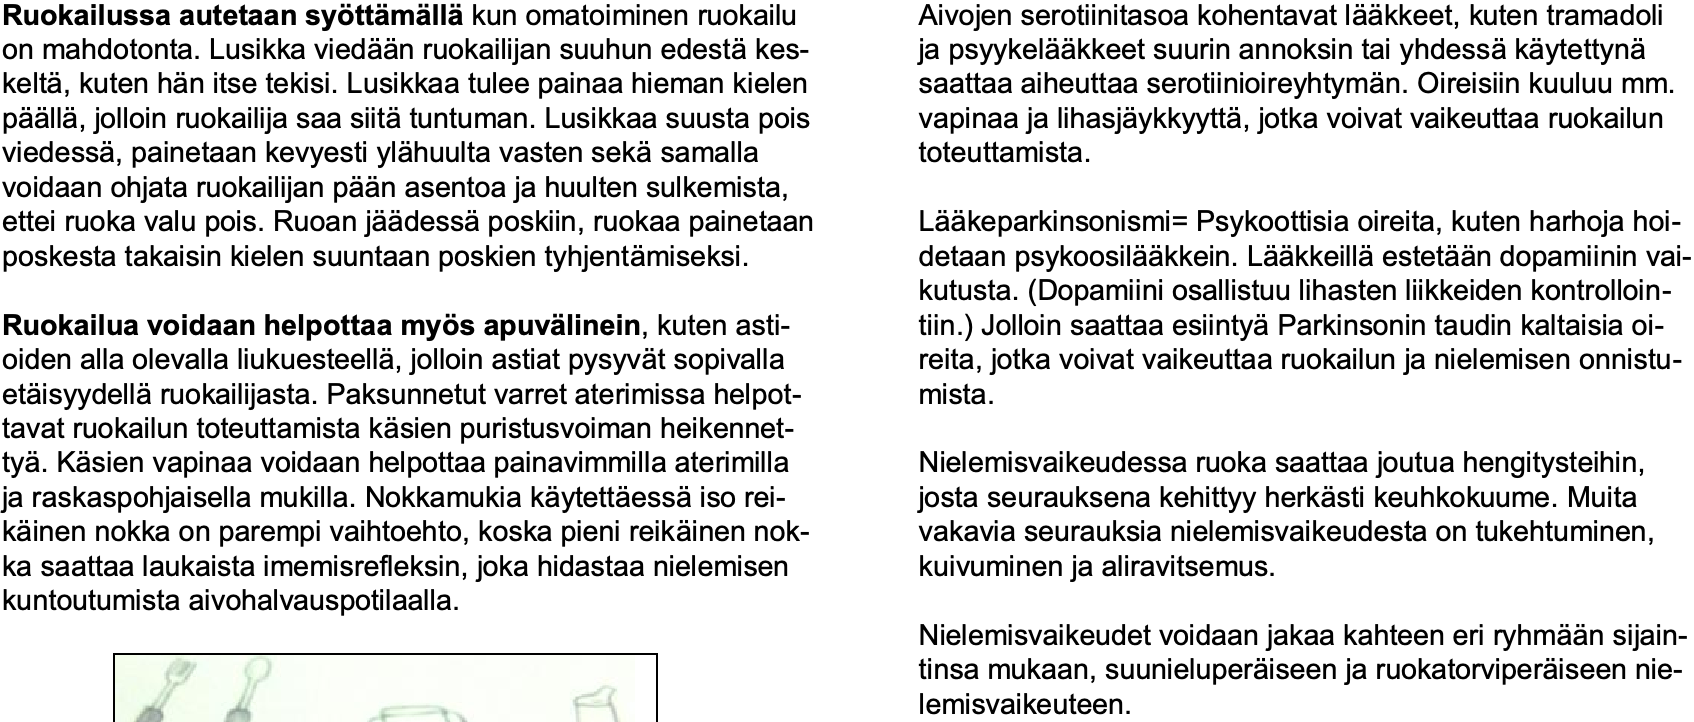
Ruokailussa autetaan syöttämälläkun omatoiminen ruokailu Aivojen serotiinitasoa kohentavat lääkkeet, kuten tramadoli on mahdotonta. Lusikka viedään ruokailijan suuhun edestäkes- ja psyykelääkkeet suurin annoksin tai yhdessäkäytettynä keltä, kuten hän itse tekisi. Lusikkaa tulee painaa hieman kielen saattaa aiheuttaa serotiinioireyhtymän. Oireisiin kuuluu mm. päällä, jolloin ruokailija saa siitätuntuman. Lusikkaa suusta pois vapinaa ja lihasjäykkyyttä, jotka voivat vaikeuttaa ruokailun viedessä, painetaan kevyesti ylähuulta vasten sekäsamalla toteuttamista. voidaan ohjata ruokailijan pään asentoa ja huulten sulkemista, ettei ruoka valu pois. Ruoan jäädessäposkiin, ruokaa painetaan Lääkeparkinsonismi= Psykoottisia oireita, kuten harhoja hoi- poskesta takaisin kielen suuntaan poskien tyhjentämiseksi. detaan psykoosilääkkein. Lääkkeilläestetään dopamiinin vai- kutusta. (Dopamiini osallistuu lihasten liikkeiden kontrolloin- Ruokailua voidaan helpottaa myös apuvälinein, kuten asti- tiin.) Jolloin saattaa esiintyäParkinsonin taudin kaltaisia oi- oiden alla olevalla liukuesteellä, jolloin astiat pysyvät sopivalla reita, jotka voivat vaikeuttaa ruokailun ja nielemisen onnistu- etäisyydelläruokailijasta. Paksunnetut varret aterimissa helpot- mista. tavat ruokailun toteuttamista käsien puristusvoiman heikennet- tyä. Käsien vapinaa voidaan helpottaa painavimmilla aterimilla Nielemisvaikeudessa ruoka saattaa joutua hengitysteihin, ja raskaspohjaisella mukilla. Nokkamukia käytettäessäiso rei- josta seurauksena kehittyy herkästi keuhkokuume. Muita käinen nokka on parempi vaihtoehto, koska pieni reikäinen nok- vakavia seurauksia nielemisvaikeudesta on tukehtuminen, ka saattaa laukaista imemisrefleksin, joka hidastaa nielemisen kuivuminen ja aliravitsemus. kuntoutumista aivohalvauspotilaalla. Nielemisvaikeudet voidaan jakaa kahteen eri ryhmään sijain- tinsa mukaan, suunieluperäiseen ja ruokatorviperäiseen nie- lemisvaikeuteen.